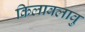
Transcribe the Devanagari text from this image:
किलावलावु